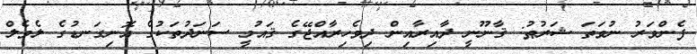
ފެންވަރު ނުވަތަ ޝަރުޠު: ޤާނޫނީ ދާއިރާއިން ދިވެހިރާއްޖޭގެ ޤައުމީ ސަނަދުތަކުގެ އޮނިގަނޑުގެ ލެވެލް